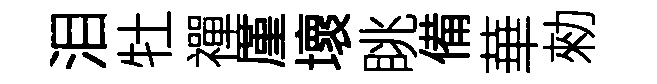
泪牡禪厪壞眺備華勑